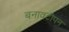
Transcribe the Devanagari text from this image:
बनावटीपन